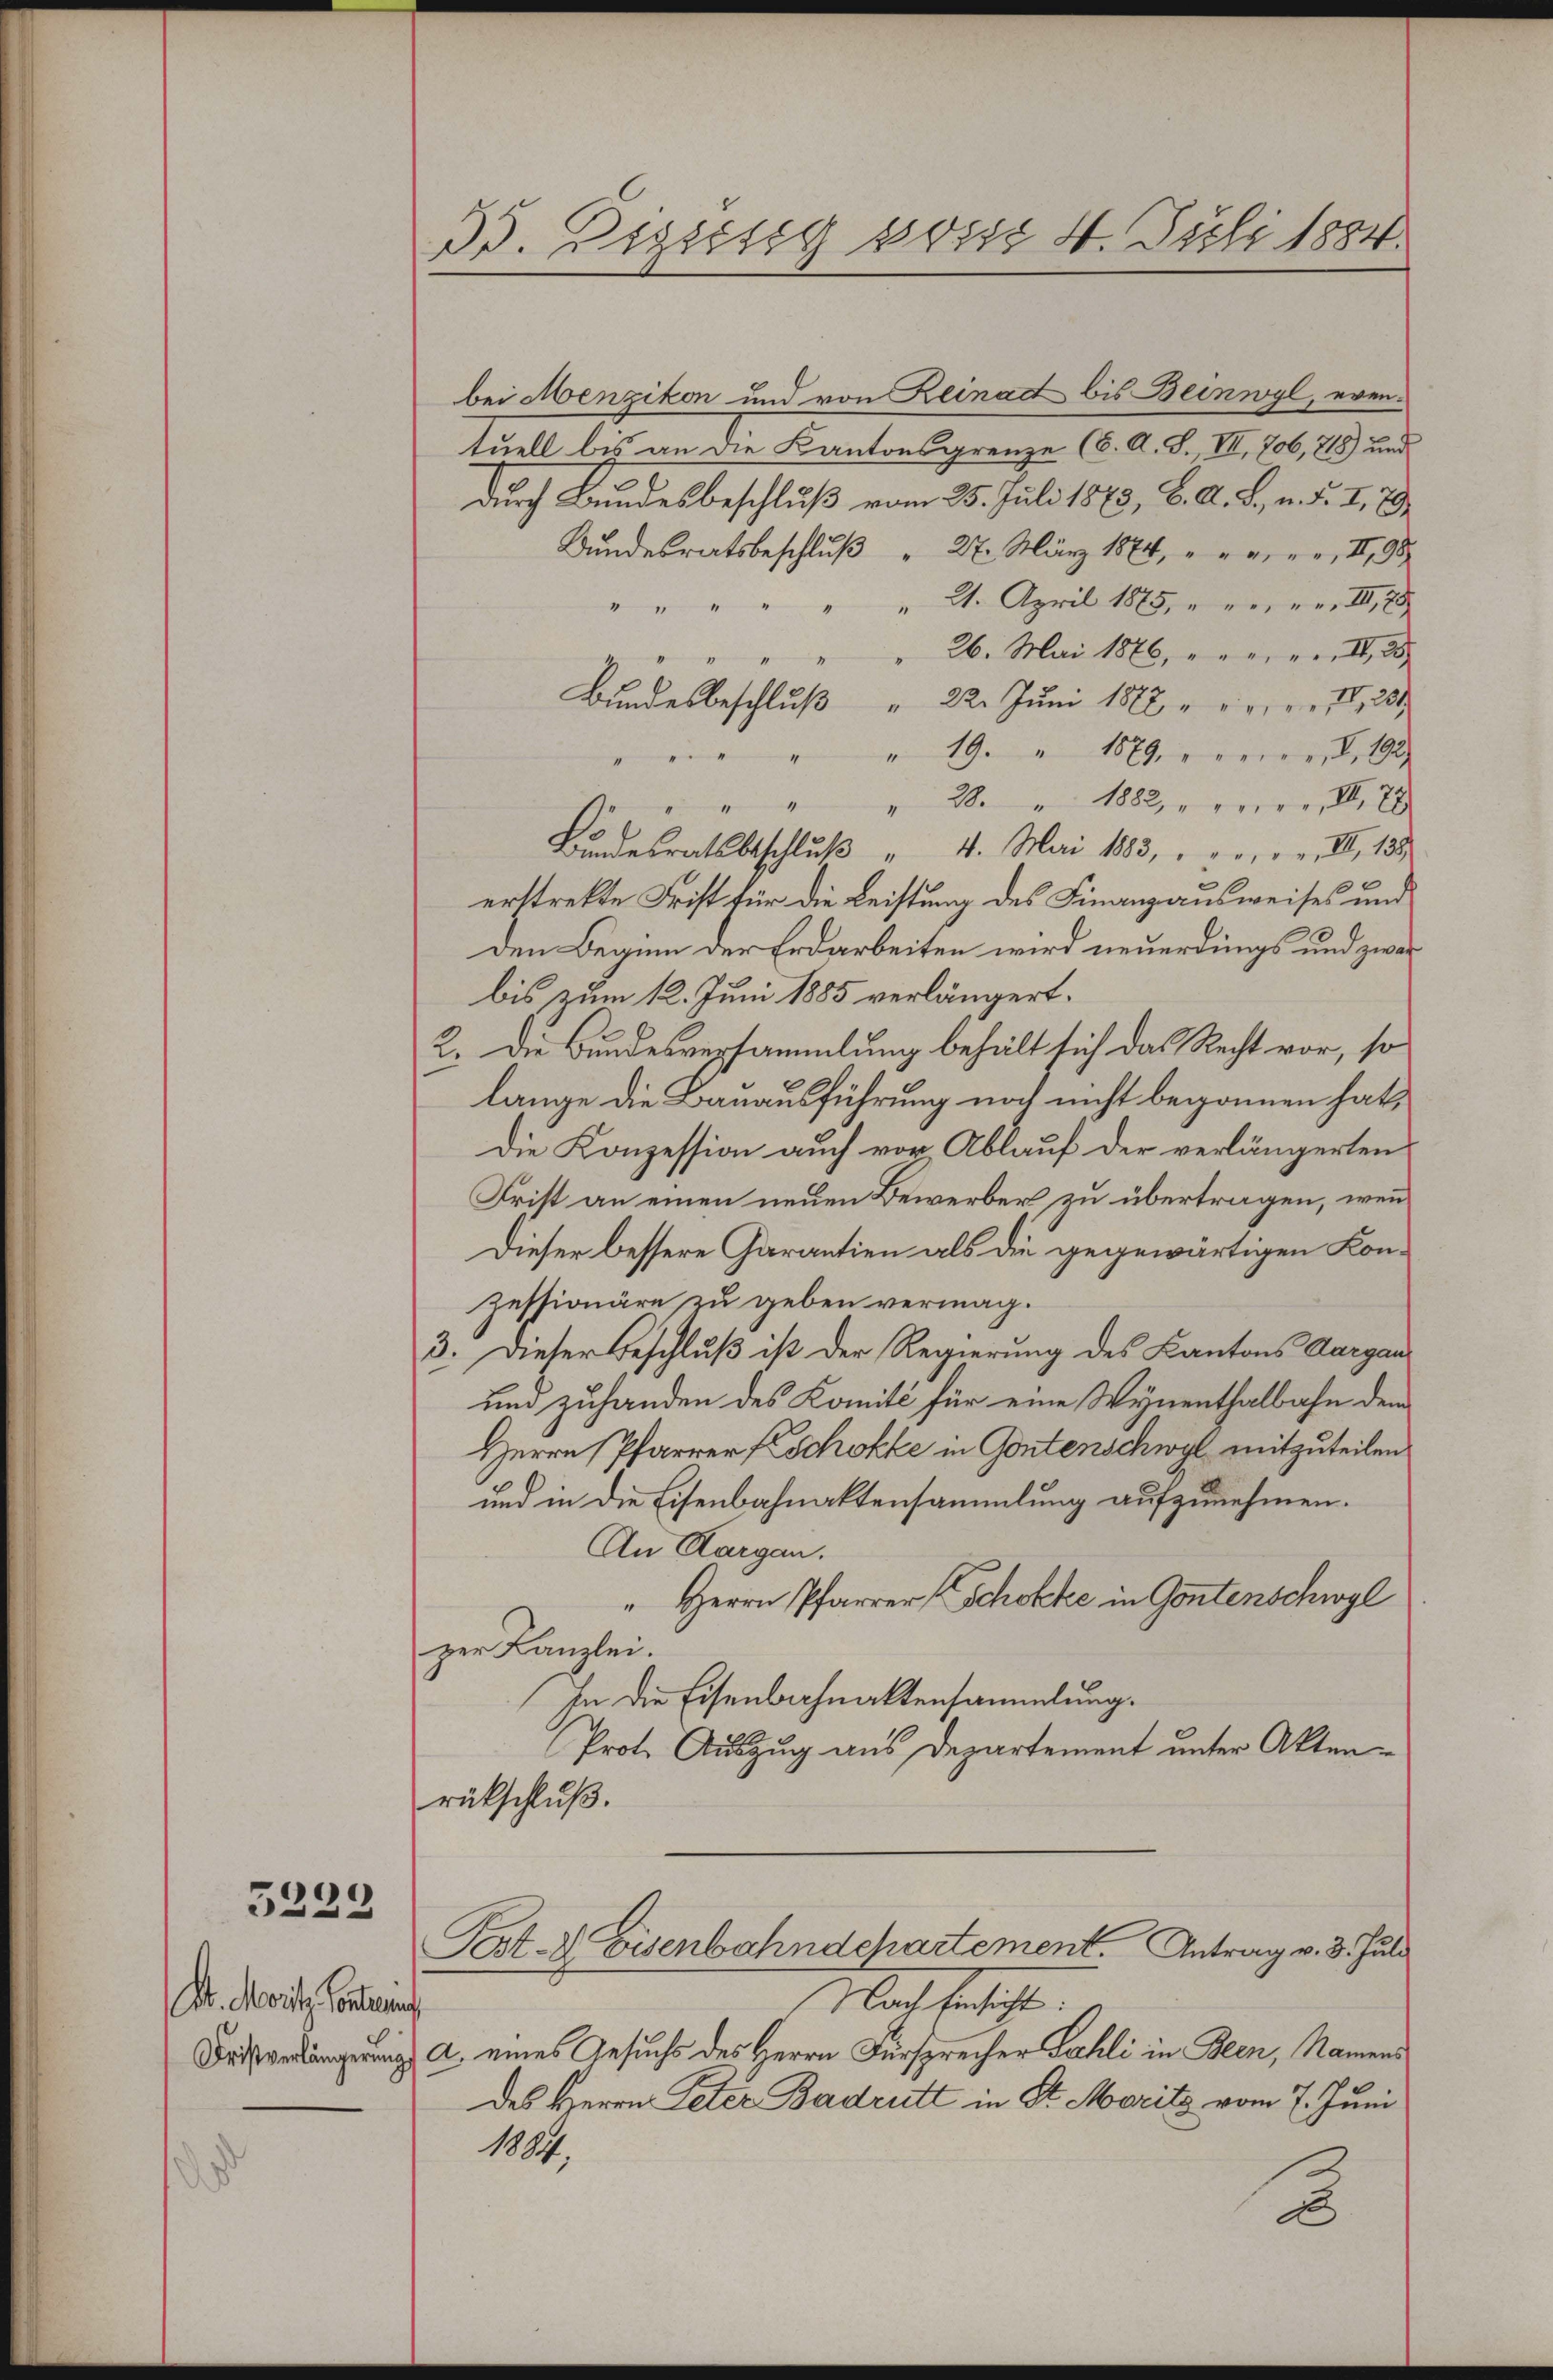
5233

St. Moritz, Ponten

dd. Zugesig von 4. Juli 1884.

bei Menzikon und von Reinadt bis Beinwyl, eventuell bis an die Kantonsgrenze (8. A. S., VII, 706, 718) und
durch Bundesbeschluß vom 25. Juli 1873, B. A. L., n. F. I, 79
Bundesratsbeschluß 27. März 1884, eine II 38
" " 21. April 1885, en er
4
26. Mai 1886, eeren II 25
Bundesbeschlŭβ " 22. Juni 1882 u. v. 18, 281
" 19. " 1879, verner, d. 192.
4
28" 1882, „weier. II. 28
“
4
Bundesratsbeschlŭβ " 4. Mai 1883, " " " " " III. 189
erstrekte Frist für die Leistung des Finanzausweises und
den Beginn der Erdarbeiten wird neuerdings und zwar
bis zum 12. Juni 1885 verlängert.
2. Die Bundesversammlung behält sich das Recht vor, so
lange die Bauausführung noch nicht begonnen hat,
Die Konzession auch vor Ablauf der verlängerten
Frist an einen neuen Bewerber zu übertragen, wenn
Dieser bessere Garantien als die gegewärtigen Konzessionäre zu geben vermag.
3. Dieser Beschluß ist der Regierung des Kantons Aargau
um zuhanden des Komité für eine Wynenthalbahn dem
Herrn Pfarrer f Schokke in Gontenschwyl mitzuteilen
und in die Eisenbahnaktensammlung aufzunehmen.
An Aargau.
" Herrn Pfarrer Schokke in Gontenschwyl
zer Kanzlei.
In die Eisenbahnaktensammlung.
Prot. Auszug aus Departement unter Akten
rükschluß.
Prt. 2 Eisenbahndepartement. Antrag v. 3. Juli
Nach besteht.
Frtsverdingerung a. eines Gesuchs des Herrn Fürsprecher Zahli in Blen, Namens
des Herrn Peter Badrutt in St. Moritz vom 7. Juni
1884.
2